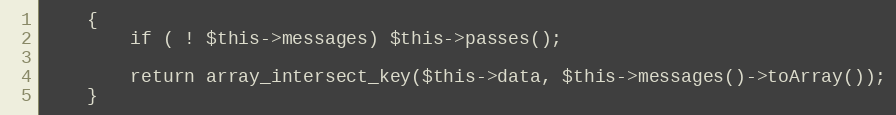
Language: PHP
	{
		if ( ! $this->messages) $this->passes();

		return array_intersect_key($this->data, $this->messages()->toArray());
	}